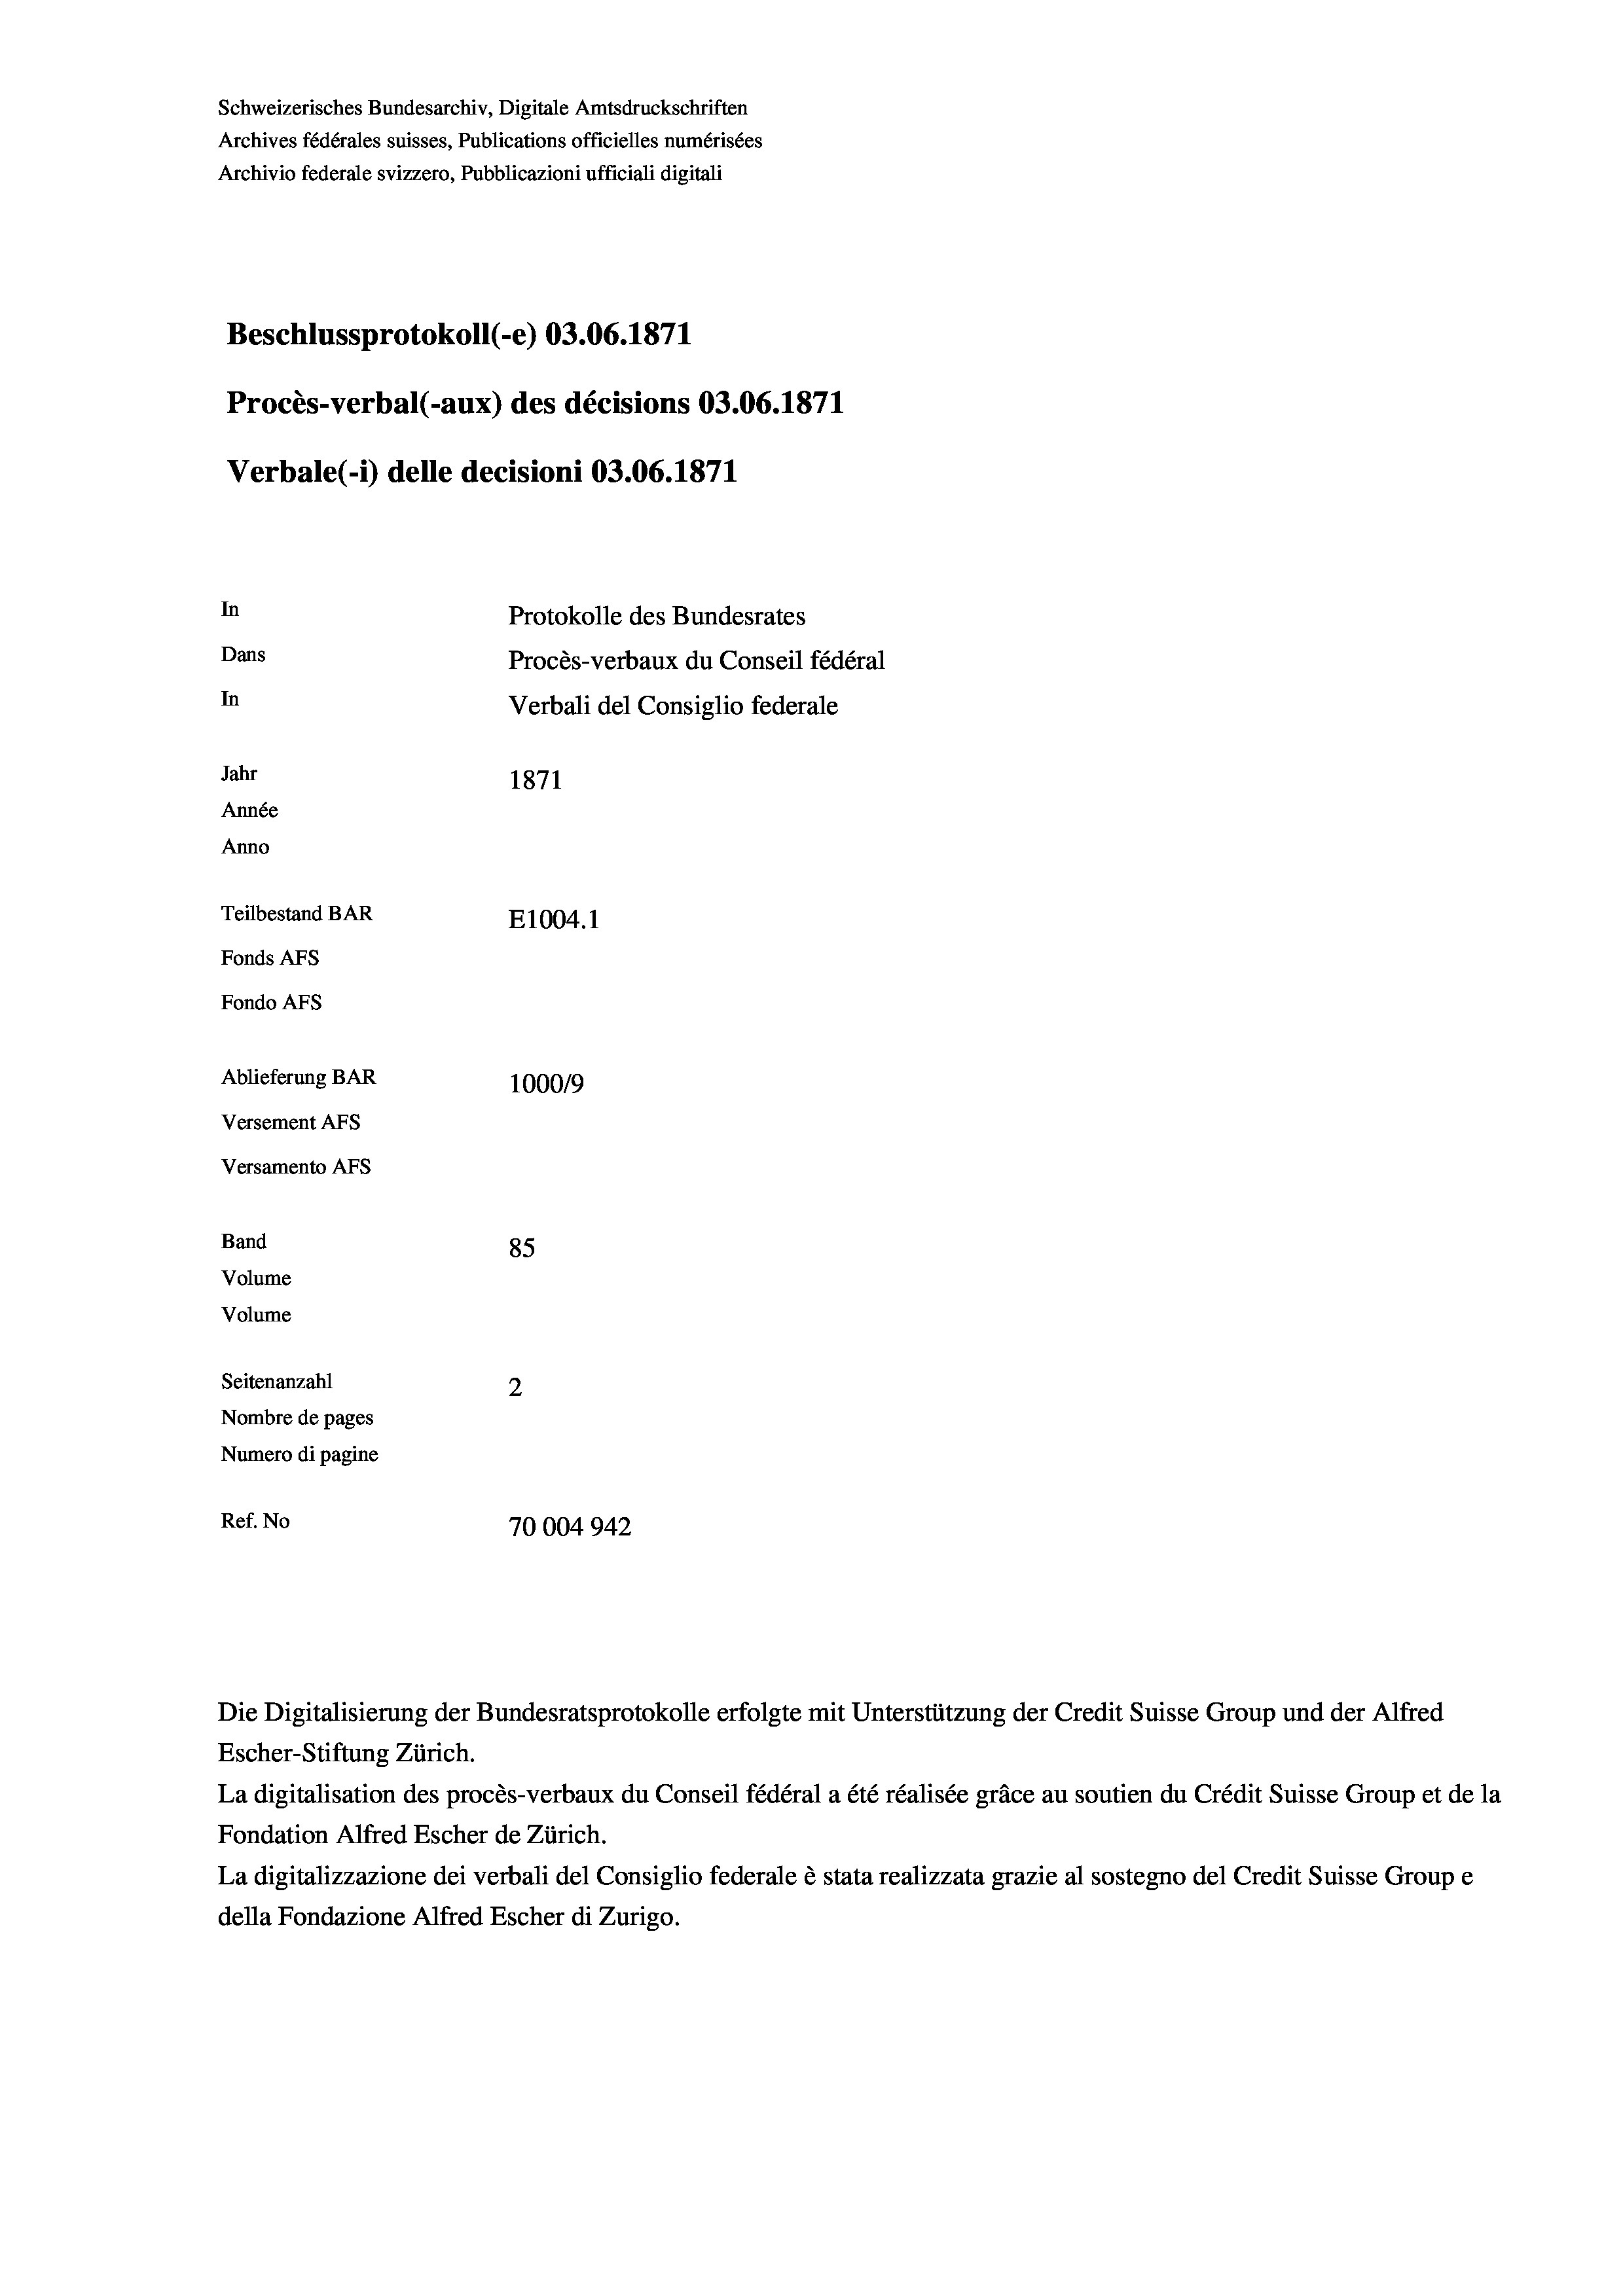
Schweizerisches Bundesarchiv, Digitale Amtsdruckschriften
Archives fédérales suisses, Publications officielles numérisées
Archivio federale svizzero, Pubblicazioni ufficiali digitali
Beschlussprotokoll (-e) 03.06. 1871
Procès-verbal (-aux) des décisions 03.06. 1871
Verbale (1) delle decisioni 03.06. 1871
In
Protokolle des Bundesrates
Dans
Procès-verbaux du Conseil fédéral
In
Verbali del Consiglio federale
Jahr
1871
Année
Anno
Teilbestand BAR
E1004. 1
Fonds AFs
Fondo AFs
Ablieferung BAR
100019
Versement AFS
Versamento Afs
Band
85
Volume
Volume
Seitenanzahl
2
Nombre de pages
Numero di pagine
Ref. No
70004942

Escher-Stiftung Zürich.
La digitalisation des procès-verbaux du Conseil fédéral a été réalisée gräce au soutien du Crédit Suisse Group et de la
Fondation Alfred Escher de Zürich.
La digitalizzazione dei verbali del Consiglio federale è stata realizzata grazie al sostegno del Credit Suisse Groupe
della Fondazione Alfred Escher di Zurigo.

Die Digitalisierung der Bundesratsprotokolle erfolgte mit Unterstützung der Credit Suisse Group und der Alfred